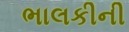
ભાલકીની